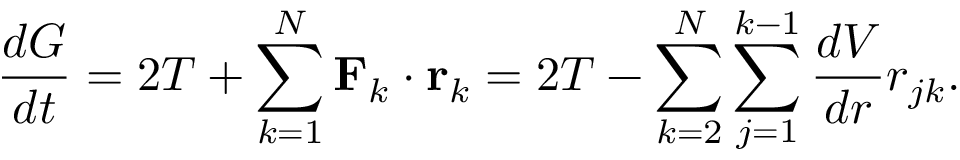
{ \frac { d G } { d t } } = 2 T + \sum _ { k = 1 } ^ { N } \mathbf { F } _ { k } \cdot \mathbf { r } _ { k } = 2 T - \sum _ { k = 2 } ^ { N } \sum _ { j = 1 } ^ { k - 1 } { \frac { d V } { d r } } r _ { j k } .